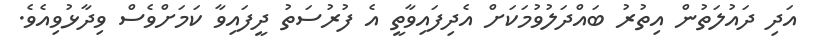
އަދި ދައުލަތުން އިތުރު ބައްދަލުވުމަކަށް އެދިފައިވާތީ އެ ފުރުސަތު ދީފައިވާ ކަމަށްވެސް ވިދާޅުވިއެވެ.